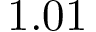
1 . 0 1